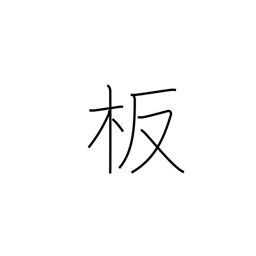
Meaning: plate